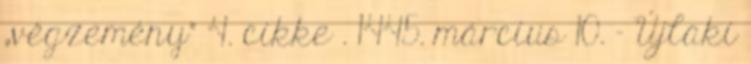
„végzemény” 4. cikke . 1445. március 10. – Újlaki